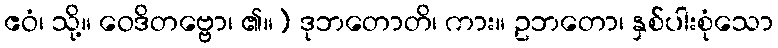
ဧဝံ၊ သို့။ ဝေဒိတဗ္ဗော၊ ၏။) ဒုဘတောတိ၊ ကား။ ဥဘတော၊ နှစ်ပါးစုံသော